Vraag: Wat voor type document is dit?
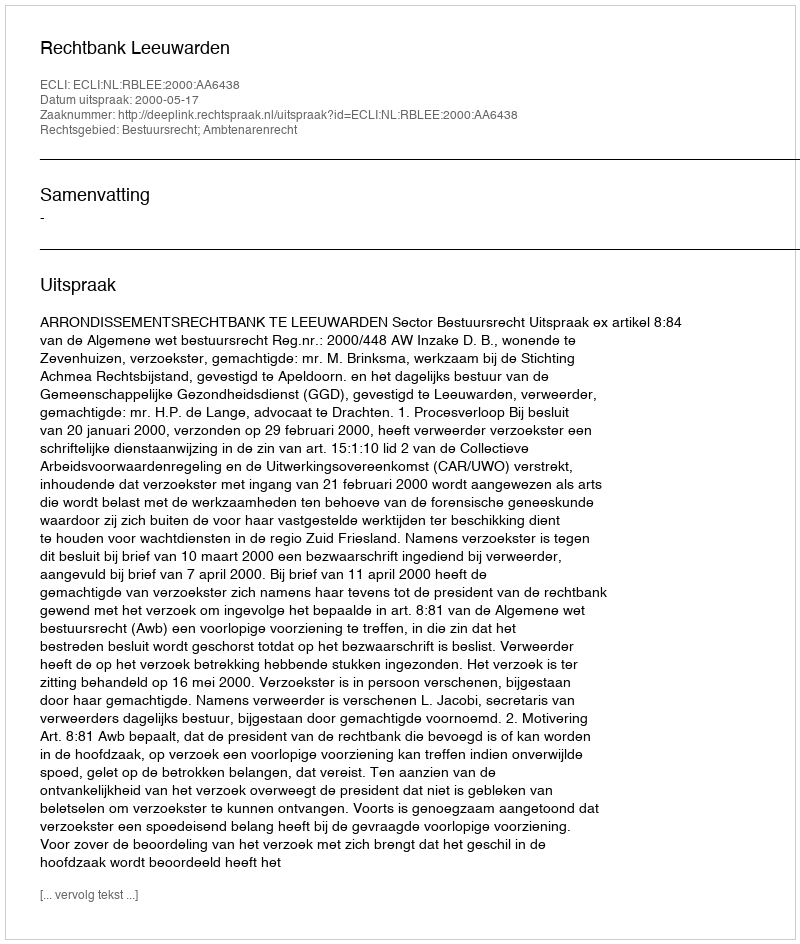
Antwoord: Uitspraak